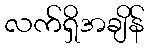
လက်ရှိအချိန်